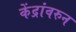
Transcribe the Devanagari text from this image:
केंद्रांवरुन